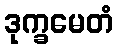
ဒုက္ခမေတံ